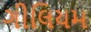
ગીલિયમ